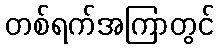
တစ်ရက်အကြာတွင်